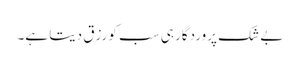
بے شک پروردگار ہی سب کو رزق دیتا ہے۔